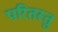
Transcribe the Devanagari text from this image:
परितस्तु